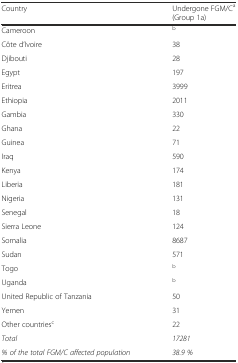
| Country | Undergone FGM/Ca(Group 1a) |
 | --- | --- |
 | Cameroon | b |
 | Côte d’Ivoire | 38 |
 | Djibouti | 28 |
 | Egypt | 197 |
 | Eritrea | 3999 |
 | Ethiopia | 2011 |
 | Gambia | 330 |
 | Ghana | 22 |
 | Guinea | 71 |
 | Iraq | 590 |
 | Kenya | 174 |
 | Liberia | 181 |
 | Nigeria | 131 |
 | Senegal | 18 |
 | Sierra Leone | 124 |
 | Somalia | 8687 |
 | Sudan | 571 |
 | Togo | b |
 | Uganda | b |
 | United Republic of Tanzania | 50 |
 | Yemen | 31 |
 | Other countriesc | 22 |
 | Total | 17281 |
 | % of the total FGM/C affected population | 38.9 % |